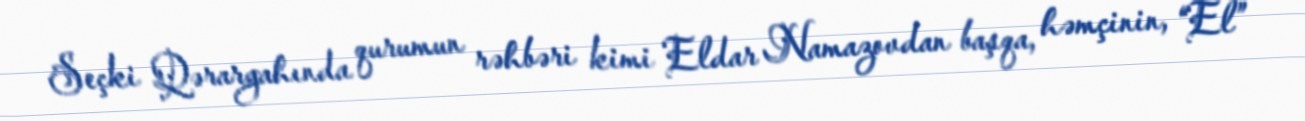
Seçki Qərargahında qurumun rəhbəri kimi Eldar Namazovdan başqa, həmçinin, “El”